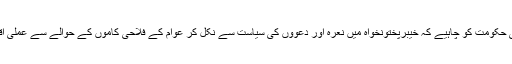
تحریک انصاف کی حکومت کو چاہیے کہ خیبرپختونخواہ میں نعرہ اور دعوؤں کی سیاست سے نکل کر عوام کے فلاحی کاموں کے حوالے سے عملی اقدامات بھی کرے ۔